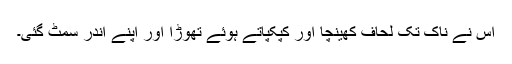
اس نے ناک تک لحاف کھینچا اور کپکپاتے ہوئے تھوڑا اور اپنے اندر سمٹ گئی۔